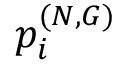
p _ { i } ^ { ( N , G ) }